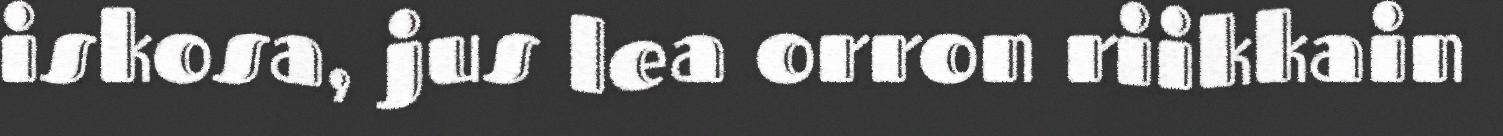
iskosa, jus lea orron riikkain